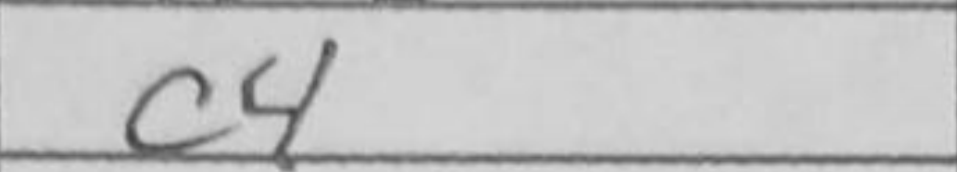
Transcription: c4